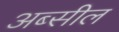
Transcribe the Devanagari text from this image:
अब्सील